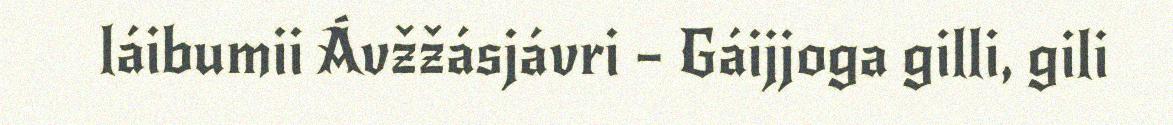
láibumii Ávžžásjávri – Gáijjoga gilli, gili